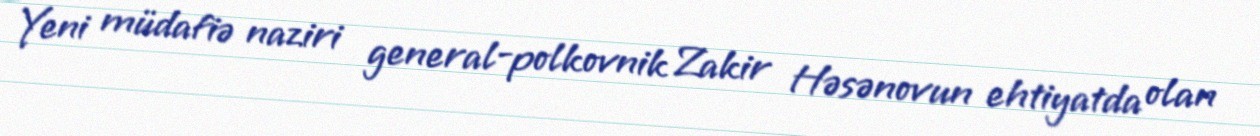
Yeni müdafiə naziri general-polkovnik Zakir Həsənovun ehtiyatda olan